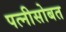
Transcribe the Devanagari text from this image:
पत्नीसोबत